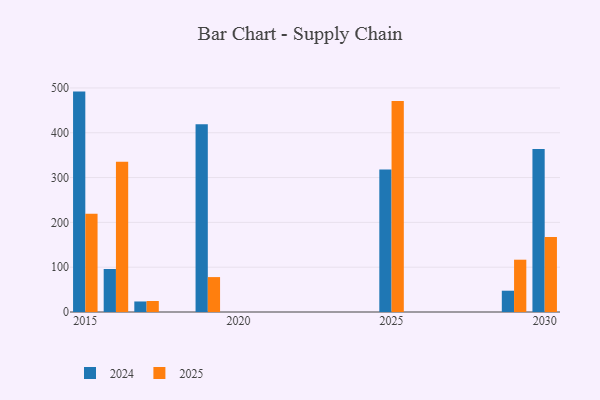
{"axis": {"x": "Year", "y": "Website Visitors"}, "legend": ["2024", "2025"], "data": [{"x": "2025", "y": 317.7, "type": "2024"}, {"x": "2025", "y": 470.9, "type": "2025"}, {"x": "2015", "y": 491.8, "type": "2024"}, {"x": "2015", "y": 219.5, "type": "2025"}, {"x": "2019", "y": 419.0, "type": "2024"}, {"x": "2019", "y": 77.9, "type": "2025"}, {"x": "2016", "y": 96.0, "type": "2024"}, {"x": "2016", "y": 335.1, "type": "2025"}, {"x": "2029", "y": 47.5, "type": "2024"}, {"x": "2029", "y": 116.7, "type": "2025"}, {"x": "2030", "y": 363.9, "type": "2024"}, {"x": "2030", "y": 167.1, "type": "2025"}, {"x": "2017", "y": 23.5, "type": "2024"}, {"x": "2017", "y": 24.6, "type": "2025"}]}